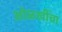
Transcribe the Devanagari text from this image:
ओळखींचा